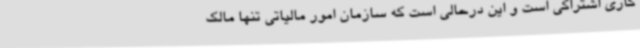
کاری اشتراکی است و این درحالی است که سازمان امور مالیاتی تنها مالک